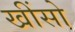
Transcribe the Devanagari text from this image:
खींसो